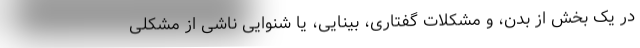
در یک بخش از بدن، و مشکلات گفتاری، بینایی، یا شنوایی ناشی از مشکلی